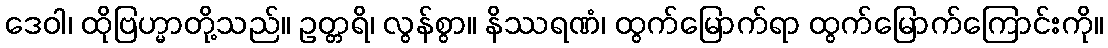
ဒေဝါ၊ ထိုဗြဟ္မာတို့သည်။ ဥတ္တရိ၊ လွန်စွာ။ နိဿရဏံ၊ ထွက်မြောက်ရာ ထွက်မြောက်ကြောင်းကို။